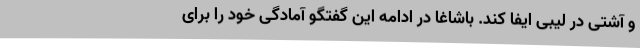
و آشتی در لیبی ایفا کند. باشاغا در ادامه این گفتگو آمادگی خود را برای